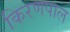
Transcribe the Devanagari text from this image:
किरणपाल